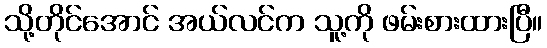
သို့တိုင်အောင် အယ်လင်က သူ့ကို ဖမ်းစားထားပြီ။